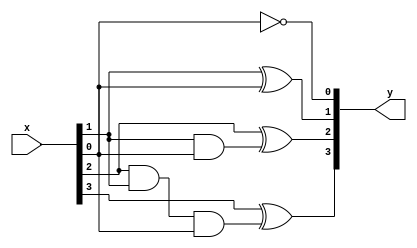
module bec_4(x,y);

	input [3:0] x;
	output [3:0] y;

	assign y[0] = ~x[0];
	assign y[1] = x[1]^x[0];
	assign y[2] = x[2]^(x[1]&x[0]);
	assign y[3] = x[3]^(x[2]&x[1]&x[0]);

endmodule

module bec_5(x,y);

	input [4:0] x;
	output [4:0] y;

	assign y[0] = ~x[0];
	assign y[1] = x[1]^x[0];
	assign y[2] = x[2]^(x[1]&x[0]);
	assign y[3] = x[3]^(x[2]&x[1]&x[0]);
	assign y[4] = x[4]^(x[3]&x[2]&x[1]&x[0]);

endmodule

module bec_6(x,y);

	input [5:0] x;
	output [5:0] y;

	assign y[0] = ~x[0];
	assign y[1] = x[1]^x[0];
	assign y[2] = x[2]^(x[1]&x[0]);
	assign y[3] = x[3]^(x[2]&x[1]&x[0]);
	assign y[4] = x[4]^(x[3]&x[2]&x[1]&x[0]);
	assign y[5] = x[5]^(x[4]&x[3]&x[2]&x[1]&x[0]);

endmodule

module bec_7(x,y);

	input [6:0] x;
	output [6:0] y;

	assign y[0] = ~x[0];
	assign y[1] = x[1]^x[0];
	assign y[2] = x[2]^(x[1]&x[0]);
	assign y[3] = x[3]^(x[2]&x[1]&x[0]);
	assign y[4] = x[4]^(x[3]&x[2]&x[1]&x[0]);
	assign y[5] = x[5]^(x[4]&x[3]&x[2]&x[1]&x[0]);
	assign y[6] = x[6]^(x[5]&x[4]&x[3]&x[2]&x[1]&x[0]);

endmodule

module bec_8(x,y);

	input [7:0] x;
	output [7:0] y;

	assign y[0] = ~x[0];
	assign y[1] = x[1]^x[0];
	assign y[2] = x[2]^(x[1]&x[0]);
	assign y[3] = x[3]^(x[2]&x[1]&x[0]);
	assign y[4] = x[4]^(x[3]&x[2]&x[1]&x[0]);
	assign y[5] = x[5]^(x[4]&x[3]&x[2]&x[1]&x[0]);
	assign y[6] = x[6]^(x[5]&x[4]&x[3]&x[2]&x[1]&x[0]);
	assign y[7] = x[7]^(x[6]&x[5]&x[4]&x[3]&x[2]&x[1]&x[0]);

endmodule